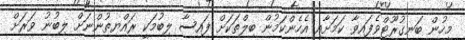
މީހުން ބަނގުރޫޓްވެފައިވާ ކަމަށާއި އެހެންކަމުން ބިލްތަކަށް ފައިސާ ލިބުމަކީ ރައްޔިތުންނަށް ލިބުނު ވަރަށް